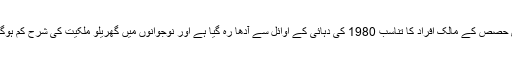
انفرادی حصص کے مالک افراد کا تناسب 1980 کی دہائی کے اوائل سے آدھا رہ گیا ہے اور نوجوانوں میں گھریلو ملکیت کی شرح کم ہوگئی ہے۔